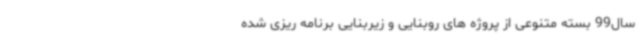
سال99 بسته متنوعی از پروژه های روبنایی و زیربنایی برنامه ریزی شده